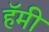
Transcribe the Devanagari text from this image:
हॅमी